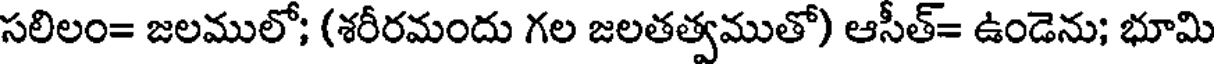
సలిలం= జలములో; (శరీరమందు గల జలతత్వముతో) ఆసీత్= ఉండెను; భూమి